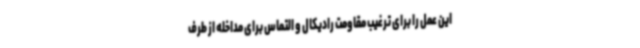
این عمل را برای ترغیب مقاومت رادیکال و التماس برای مداخله از طرف